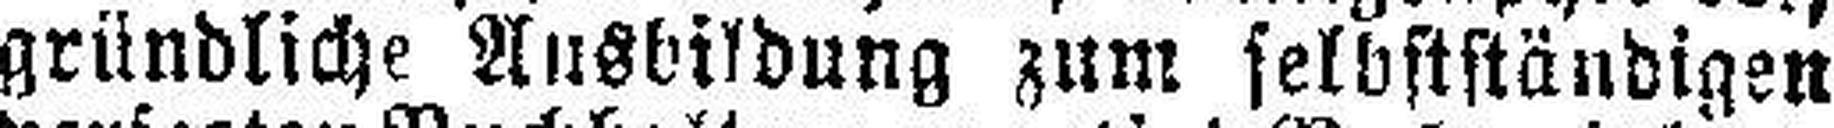
gründliche Ausbildung zum selbstständigen